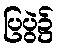
ပြပွဲ၌